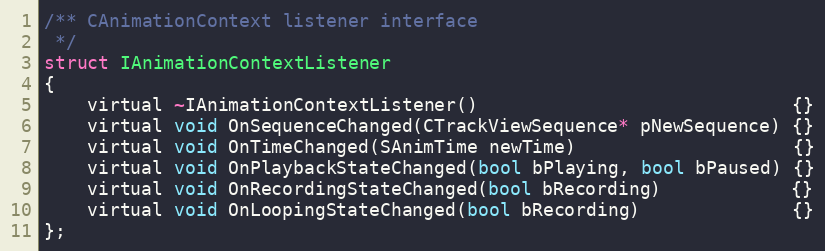
Language: C
/** CAnimationContext listener interface
 */
struct IAnimationContextListener
{
	virtual ~IAnimationContextListener()                             {}
	virtual void OnSequenceChanged(CTrackViewSequence* pNewSequence) {}
	virtual void OnTimeChanged(SAnimTime newTime)                    {}
	virtual void OnPlaybackStateChanged(bool bPlaying, bool bPaused) {}
	virtual void OnRecordingStateChanged(bool bRecording)            {}
	virtual void OnLoopingStateChanged(bool bRecording)              {}
};